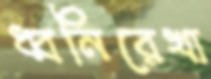
ধ্বনিরেখা